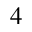
^ { 4 }